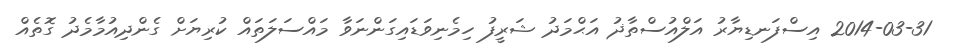
2014-03-31 އިސްފަނޑިޔާރު އަލްއުސްތާޛު އަޙްމަދު ޝަރީފު ހިމެނިވަޑައިގަންނަވާ މައްސަލަތައް ކުރިޔަށް ގެންދިއުމާމެދު ގޮތެއް